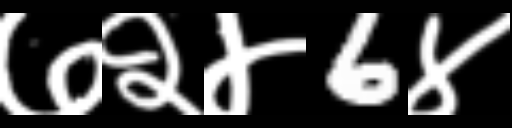
Text: ७२४6४